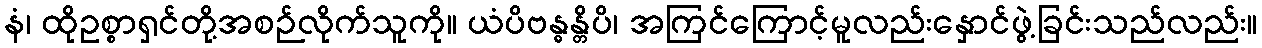
နံ၊ ထိုဥစ္စာရှင်တို့အစဉ်လိုက်သူကို။ ယံပိဗန္ဓန္တိပိ၊ အကြင်ကြောင့်မူလည်းနှောင်ဖွဲ့ခြင်းသည်လည်း။